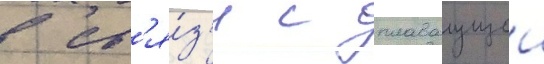
В св'я́з'и с плаваущеи